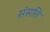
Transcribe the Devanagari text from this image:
संसत्ति